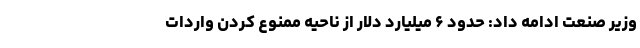
وزیر صنعت ادامه داد: حدود ۶ میلیارد دلار از ناحیه ممنوع کردن واردات